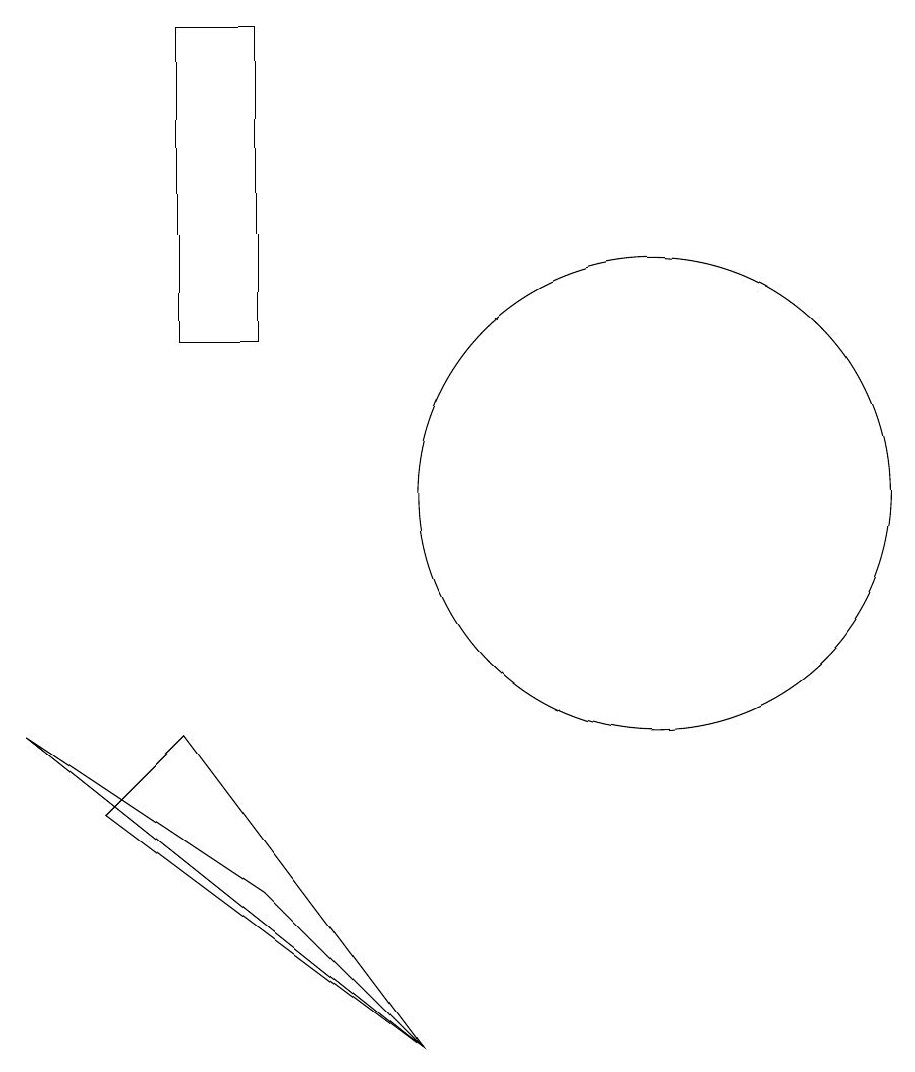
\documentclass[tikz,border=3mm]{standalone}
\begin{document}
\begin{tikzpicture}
\draw (11,11) circle (3);
\draw (8,4) -- (5,8) -- (4,7) -- cycle;
\draw (6,6) -- (3,8) -- (8,4) -- cycle;
\draw (6,17) rectangle (5,13);
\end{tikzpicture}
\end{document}